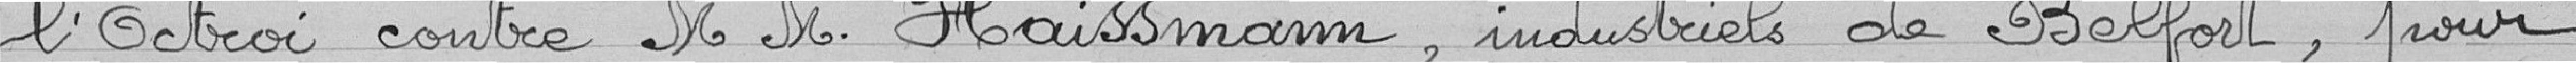
l'octroi contre Monsieur M. Haissmann, industriels de Belfort, pour